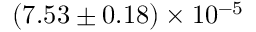
( 7 . 5 3 \pm 0 . 1 8 ) \times 1 0 ^ { - 5 }